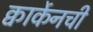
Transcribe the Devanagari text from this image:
क्वार्केनची